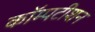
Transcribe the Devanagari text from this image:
कॉम्पटीशन